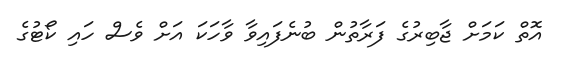
އޮތް ކަމަށް ޖާބިރުގެ ފަރާތުން ބުނެފައިވާ ވާހަކަ އަށް ވެސް ހައި ކޯޓުގެ